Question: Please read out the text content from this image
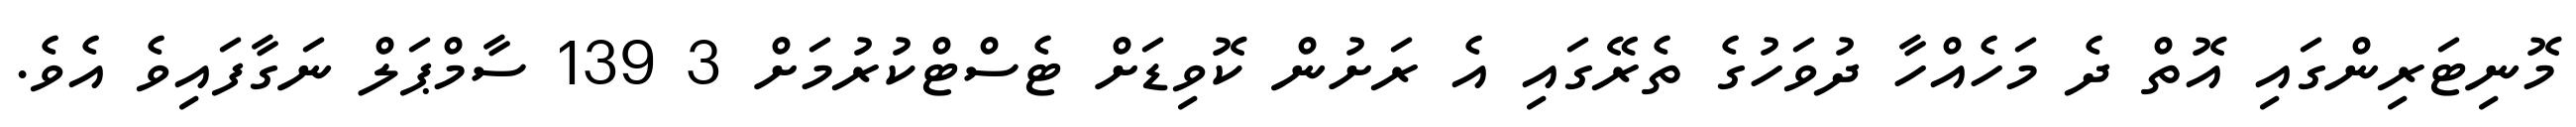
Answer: މޮނިޓަރިންގައި އޮތް ދެ މަހެއްހާ ދުވަހުގެ ތެރޭގައި އެ ރަށުން ކޮވިޑަށް ޓެސްޓްކުރުމަށް 3 139 ސާމްޕަލް ނަގާފައިވެ އެވެ.